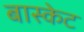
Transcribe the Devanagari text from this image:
बास्‍केट